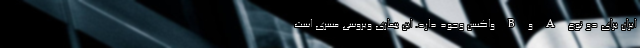
ایران برای دو نوع A و B واکسن وجود دارد. این بیماری ویروسی مسری است